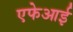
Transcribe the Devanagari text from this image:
एफेआई